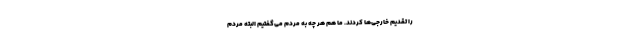
را تقدیم خارجی‌ها کردند. ما هم هر چه به مردم می‌گفتیم البته مردم